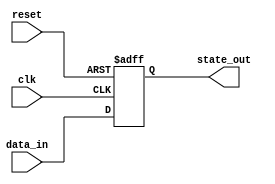
module sequential_logic (
    input wire clk,          // Clock signal
    input wire reset,        // Reset signal
    input wire [3:0] data_in, // Example input signal
    output reg [3:0] state_out // Output state
);

// State declaration
reg [3:0] current_state;

// Always block sensitive to the positive edge of the clock
always @(posedge clk or posedge reset) begin
    if (reset) begin
        // Reset condition: initialize state to known value
        current_state <= 4'b0000; // Reset state
    end else begin
        // State update logic: next state computation based on inputs
        current_state <= data_in; // Example: next state is equal to input
    end
end

// Output generation logic
always @(current_state) begin
    // Generate output based on the current state
    state_out = current_state; // Example: output is the current state
end

endmodule